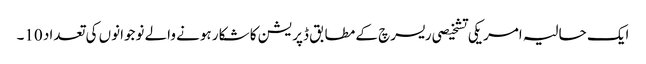
ایک حالیہ امریکی تشخیصی ریسرچ کے مطابق ڈپریشن کا شکار ہونے والے نوجوانوں کی تعداد 10۔